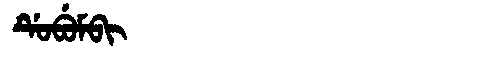
Manchu: ᡩᡠᠪᡠᠮᠪᡳ
Romanization: DUBUMBI